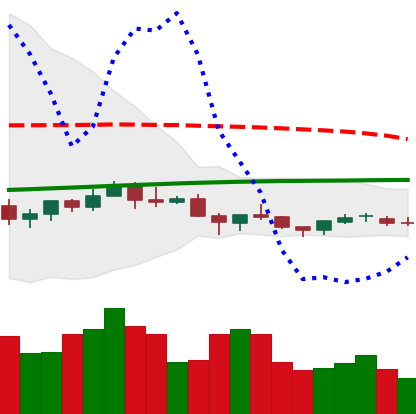
Ticker: NEO-USD
Chart end date: 2021-06-17
Forward return: -38.302%
Label: down_7plus